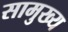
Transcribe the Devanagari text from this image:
सामुख्य